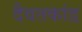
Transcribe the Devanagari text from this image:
दैवतकांड